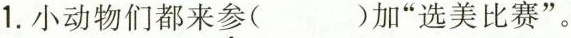
1.小动物们都来\underset{·}{参}( )加”选美比赛”。